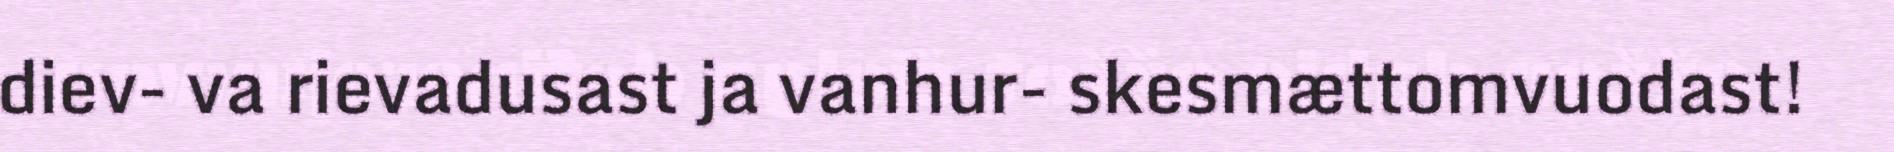
diev- va rievadusast ja vanhur- skesmættomvuodast!